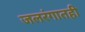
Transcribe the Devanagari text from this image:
जलरंगातही